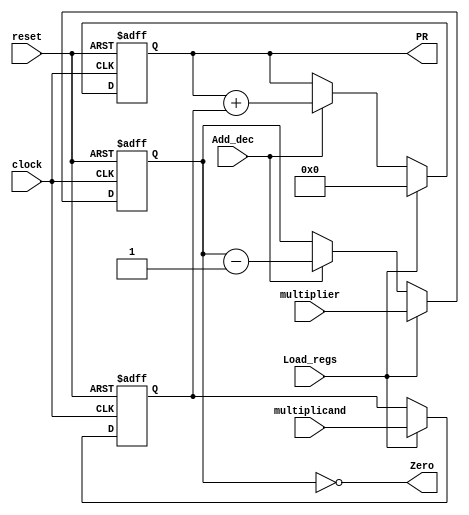
module datapath_m(
	input clock, reset,
	input [7:0] multiplicand, multiplier,
	input Load_regs, Add_dec,
	output reg [15:0] PR,
	output Zero
);
reg [7:0] AR, BR;
always @(posedge clock, posedge reset)
	if (reset) begin
		AR <= 8'b0;
		BR <= 8'b0;
		PR <= 16'b0;
	end else if (Load_regs) begin
		AR <= multiplier;
		BR <= multiplicand;
		PR <= 16'b0;
	end else if (Add_dec) begin
		PR <= PR + BR;
		AR <= AR - 1;
	end
assign Zero = AR == 8'b0;
endmodule